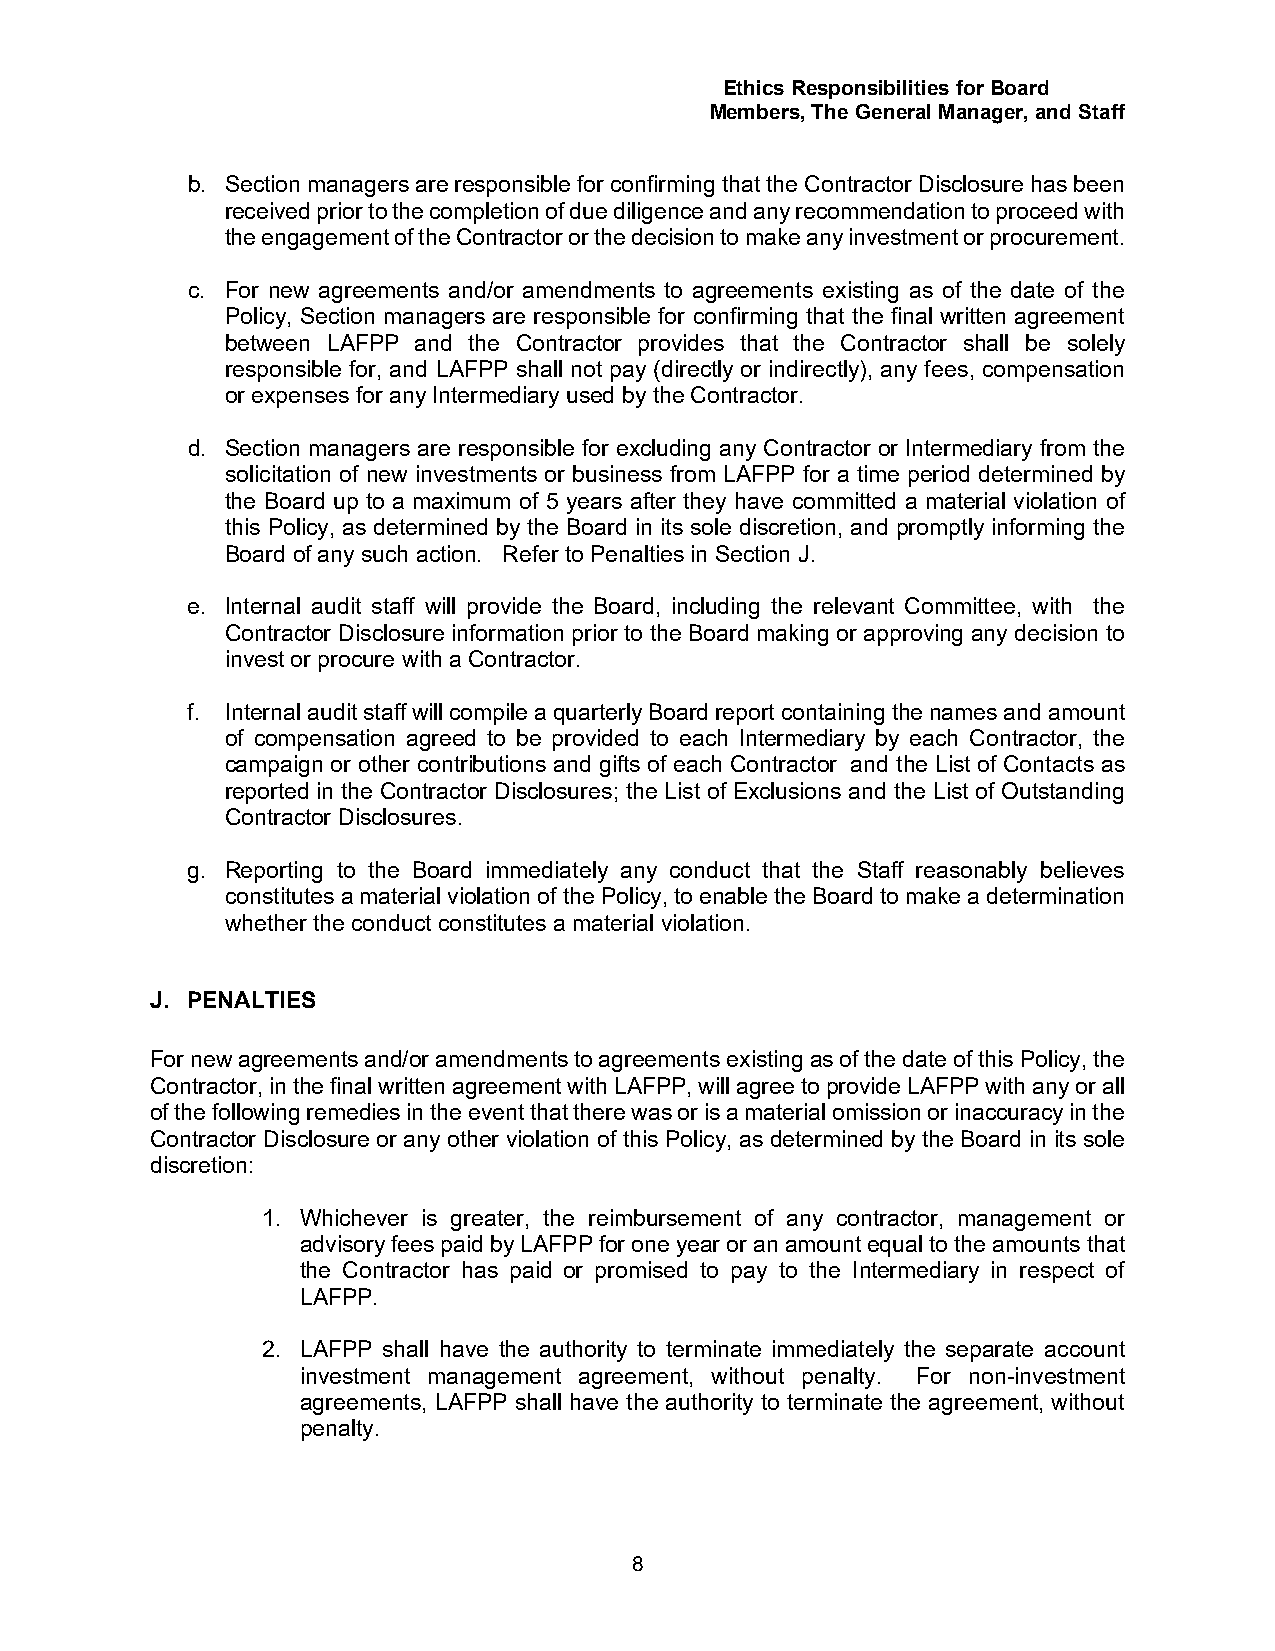
Ethics Responsibilities for Board
 Members, The General Manager, and Staff
 b. Section managers are responsible for confirming that the Contractor Disclosure has been
 received prior to the completion of due diligence and any recommendation to proceed with
 the engagement of the Contractor or the decision to make any investment or procurement.
 c. For new agreements and/or amendments to agreements existing as of the date of the
 Policy, Section managers are responsible for confirming that the final written agreement
 between LAFPP and the Contractor provides that the Contractor shall be solely
 responsible for, and LAFPP shall not pay (directly or indirectly), any fees, compensation
 or expenses for any Intermediary used by the Contractor.
 d. Section managers are responsible for excluding any Contractor or Intermediary from the
 solicitation of new investments or business from LAFPP for a time period determined by
 the Board up to a maximum of 5 years after they have committed a material violation of
 this Policy, as determined by the Board in its sole discretion, and promptly informing the
 Board of any such action. Refer to Penalties in Section J.
 e. Internal audit staff will provide the Board, including the relevant Committee, with the
 Contractor Disclosure information prior to the Board making or approving any decision to
 invest or procure with a Contractor.
 f. Internal audit staff will compile a quarterly Board report containing the names and amount
 of compensation agreed to be provided to each Intermediary by each Contractor, the
 campaign or other contributions and gifts of each Contractor and the List of Contacts as
 reported in the Contractor Disclosures; the List of Exclusions and the List of Outstanding
 Contractor Disclosures.
 g. Reporting to the Board immediately any conduct that the Staff reasonably believes
 constitutes a material violation of the Policy, to enable the Board to make a determination
 whether the conduct constitutes a material violation.
 J. PENALTIES
 For new agreements and/or amendments to agreements existing as of the date of this Policy, the
 Contractor, in the final written agreement with LAFPP, will agree to provide LAFPP with any or all
 of the following remedies in the event that there was or is a material omission or inaccuracy in the
 Contractor Disclosure or any other violation of this Policy, as determined by the Board in its sole
 discretion:
 1. Whichever is greater, the reimbursement of any contractor, management or
 advisory fees paid by LAFPP for one year or an amount equal to the amounts that
 the Contractor has paid or promised to pay to the Intermediary in respect of
 LAFPP.
 2. LAFPP shall have the authority to terminate immediately the separate account
 investment management agreement, without penalty. For non-investment
 agreements, LAFPP shall have the authority to terminate the agreement, without
 penalty.
 8